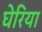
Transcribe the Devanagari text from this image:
घेरिया